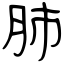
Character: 肺